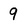
Character: 9